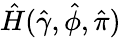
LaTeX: \hat{H}(\hat{\gamma},\hat{\phi},\hat{\pi})